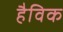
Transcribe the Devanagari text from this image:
हैविक